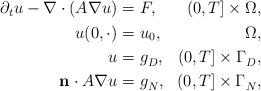
LaTeX: \begin{align*} \begin{aligned}\partial_t u -\nabla\cdot (A\nabla u)=&\ F, & (0,T] \times \Omega, \\u(0,\cdot) =&\ u_0, \, & \Omega, \\ u= &\ g_D^{}, & (0,T] \times \Gamma_D^{},\\\mathbf{n}\cdot A\nabla u= &\ g_N^{}, & (0,T] \times \Gamma_N^{},\end{aligned}\end{align*}